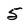
Character: 5